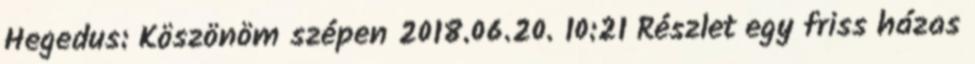
Hegedus: Köszönöm szépen 2018.06.20. 10:21 Részlet egy friss házas